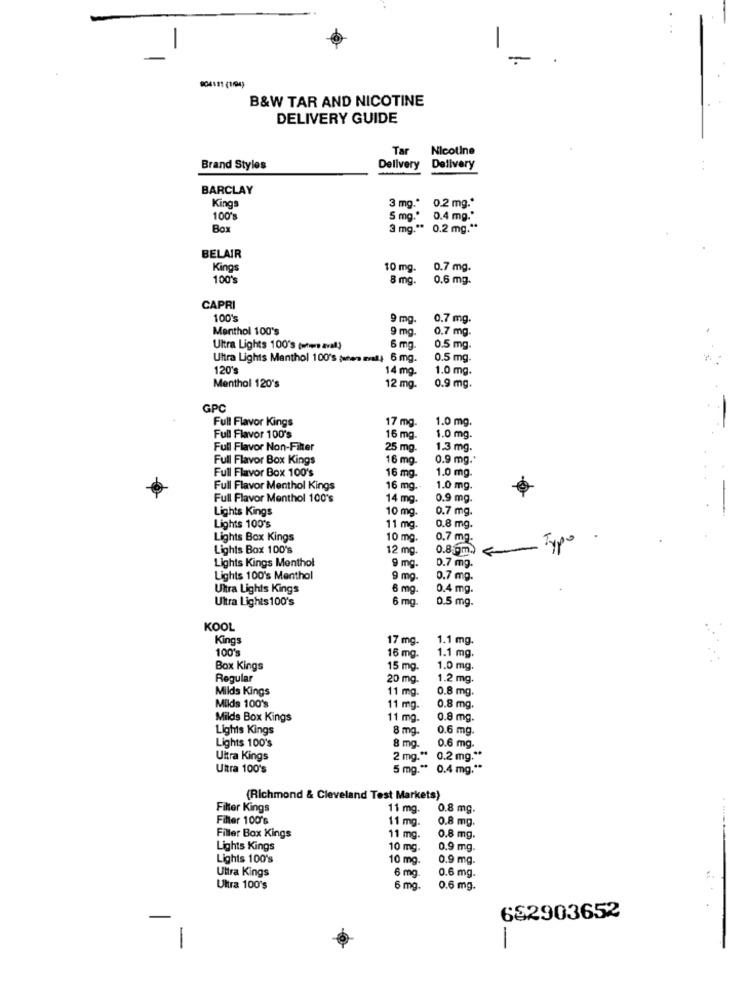
-
-
904111 (1/94)
B&W TAR AND NICOTINE
DELIVERY GUIDE
Tar
Nicotine
Brand Styles
Delivery
Delivery
BARCLAY
Kings
3 mg .* 0.2 mg .*
100's
5 mg."
0.4 mg."
Box
3 mg .** 0.2 mg .**
BELAIR
Kings
10 mg.
0.7 mg.
100's
8 mg.
0.6 mg.
CAPRI
100's
9 mg
0.7 mg.
Menthol 100's
9 mg
0.7 mg.
Ultra Lights 100's (wtwee aval)
6 mg.
0.5 mg.
Ultra Lights Menthol 100's (when mal 6 mg.
0.5 mg.
120's
14 mg.
1.0 mg.
Menthol 120's
12 mg.
0.9 mg.
GPC
Full Flavor Kings
17 mg
1.0 mg.
Full Flavor 100's
16 mg.
1.0 mg.
Full Flavor Non-Filter
25 mg
1.3 mg.
Full Flavor Box Kings
16 mg-
0.9 mg .*
Full Flavor Box 100's
16 mg.
1.0 mg
Full Flavor Menthol Kings
16 mg.
1.0 mg.
Full Flavor Menthol 100's
14 mg.
0.9 mg.
Lights Kings
10 mg
0.7 mg.
Lights 100's
11 mg.
0.8 mg.
Lights Box Kings
10 mg
0.7 mg.
Lights Box 100's
12 mg.
0.8.9m.
Typ
Lights Kings Menthol
0.7 mg.
9 mg.
Lights 100's Menthol
9 mg
0.7 mg.
Ultra Lights Kings
6 mg.
0.4 mg.
Ultra Lights 100's
6 mg.
0.5 mg.
KOOL
Kings
17 mg.
1.1 mg.
100's
16 mg.
1.1 mg.
Box Kings
15 mg
1.0 mg.
Regular
20 mg.
1.2 mg.
Milds Kings
11 mg.
0.8 mg.
Milds 100's
11 mg.
0.8 mg.
Milds Box Kings
11 mg.
0.8 mg.
Lights Kings
8 mg.
0.6 mg
Lights 100's
8 mg.
0.6 mg.
Ultra Kings
2 mg .** 0.2 mg .**
Ultra 100's
5 mg .** 0.4 mg .**
(Richmond & Cleveland Test Markets)
Filter Kings
11 mg
0.8 mg.
Filler 100's
11 mg.
0.8 mg.
Filler Box Kings
11 mg.
0.8 mg.
Lights Kings
10 mg.
0.9 mg.
Lights 100's
10 mg.
0.9 mg.
Ultra Kings
0.6 mg.
6 mg
Ultra 100's
6 mg.
0.6 mg.
. .
682903652
...
-